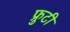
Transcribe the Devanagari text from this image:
फ्रुटी